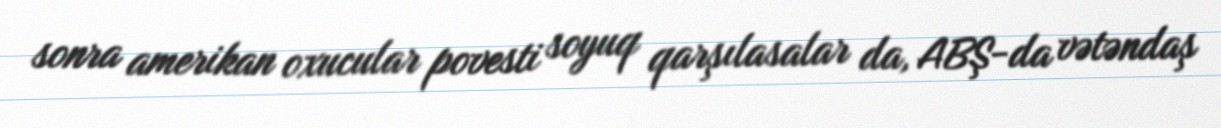
sonra amerikan oxucular povesti soyuq qarşılasalar da, ABŞ-da vətəndaş